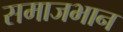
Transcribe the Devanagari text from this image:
समाजभान